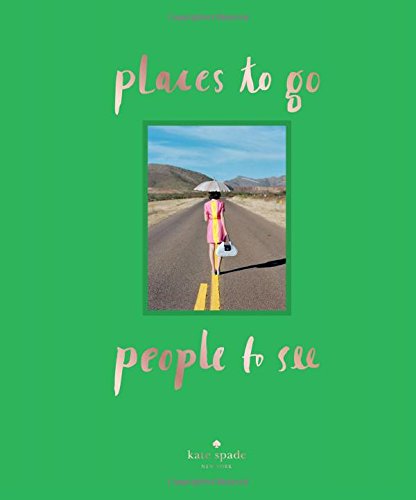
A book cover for kate spade new york: places to go, people to see; Kate Spade New York; Humor & Entertainment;